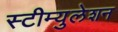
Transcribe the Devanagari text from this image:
स्टीम्युलेशन